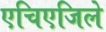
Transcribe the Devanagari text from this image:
एचिएजिले